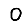
Digit: 0